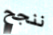
ننجح